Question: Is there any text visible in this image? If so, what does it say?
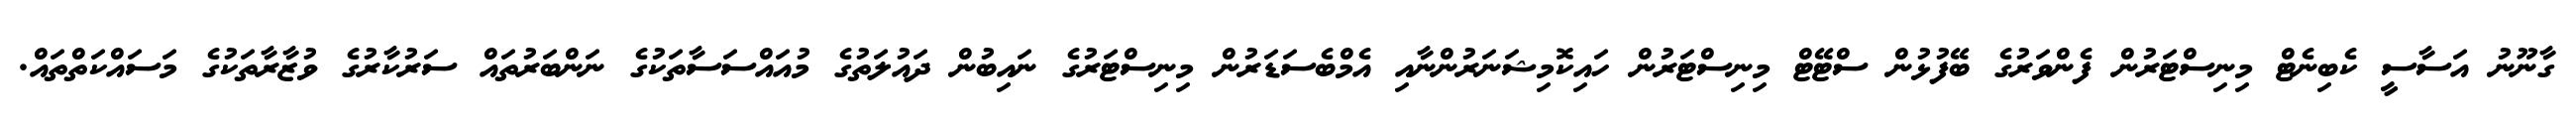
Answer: ގާނޫނު އަސާސީ ކެބިނެޓް މިނިސްޓަރުން ފެންވަރުގެ ބޭފުޅުން ސްޓޭޓް މިނިސްޓަރުން ހައިކޮމިޝަނަރުންނާއި އެމްބެސަޑަރުން މިނިސްޓަރުގެ ނައިބުން ދައުލަތުގެ މުއައްސަސާތަކުގެ ނަންބަރުތައް ސަރުކާރުގެ ވުޒާރާތަކުގެ މަސައްކަތްތައް.